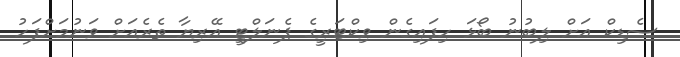
ސެޑިކް އަށް ލިބުނު ބޯޅަ ހިފައިގެން ވިކްޓަރީގެ ޕެނަލްޓީ އޭރިޔާ ތެރެއަށް ވަނުމަށްފަހު